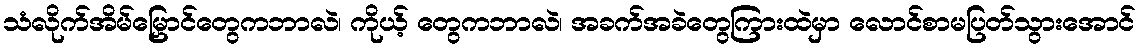
သံလိုက်အိမ်မြှောင်တွေကဘာလဲ၊ ကိုယ့် တွေကဘာလဲ၊ အခက်အခဲတွေကြားထဲမှာ လောင်စာမပြတ်သွားအောင်